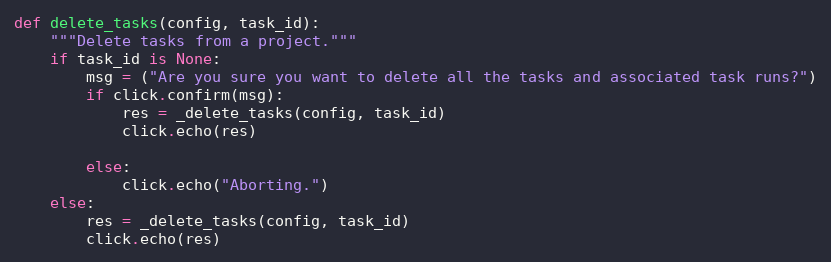
Language: Python
def delete_tasks(config, task_id):
    """Delete tasks from a project."""
    if task_id is None:
        msg = ("Are you sure you want to delete all the tasks and associated task runs?")
        if click.confirm(msg):
            res = _delete_tasks(config, task_id)
            click.echo(res)

        else:
            click.echo("Aborting.")
    else:
        res = _delete_tasks(config, task_id)
        click.echo(res)